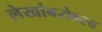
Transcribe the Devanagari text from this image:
लेखांबरोबरच